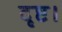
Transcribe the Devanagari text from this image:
दृष्ट।